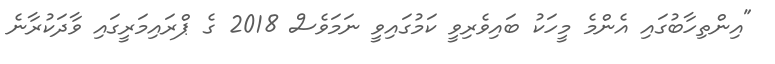
"އިންތިހާބުގައި އެންމެ މީހަކު ބައިވެރިވީ ކަމުގައިވީ ނަަމަވެސް 2018 ގެ ޕްރައިމަރީގައި ވާދަކުރާނެ